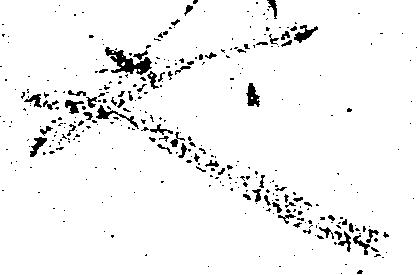
也